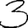
Digit: 3